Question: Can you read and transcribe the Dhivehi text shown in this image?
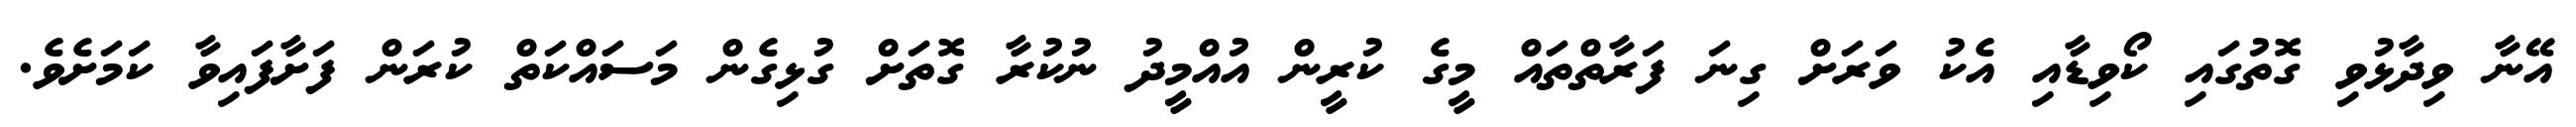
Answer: އޭނާ ވިދާޅުވި ގޮތުގައި ކޯވިޑާއި އެކު ވަރަށް ގިނަ ފަރާތްތައް މީގެ ކުރީން އުއްމީދު ނުކުރާ ގޮތަށް ގުޅިގެން މަސައްކަތް ކުރަން ފަށާފައިވާ ކަމަށެވެ.